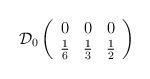
LaTeX: \begin{align*}\mathcal{D}_{0}\left( \begin{array}{ccc}0 & 0 & 0\\\frac{1}{6} & \frac{1}{3} & \frac{1}{2}\end{array}\right)\end{align*}